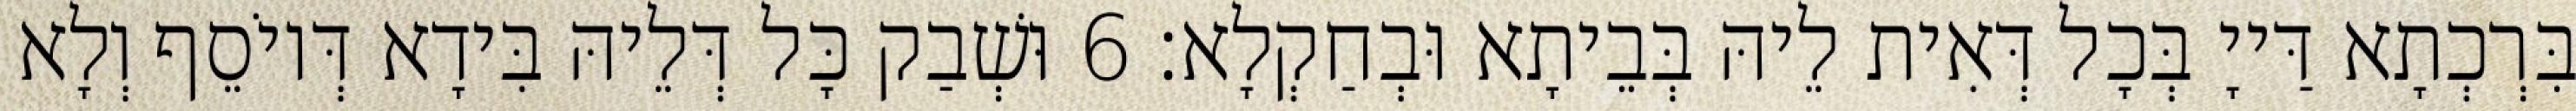
בִּרְכְתָא דַּייָ בְּכָל דְּאִית לֵיהּ בְּבֵיתָא וּבְחַקְלָא׃ 6 וּשְׁבַק כָּל דְּלֵיהּ בִּידָא דְּיוֹסֵף וְלָא